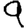
Digit: 9